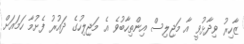
ޒާހިރު ވިދާޅުވީ އާ މަޖިލިސް އިންތިހާބުވެ އެ މަޖިލިހުގެ ދައުރު ފެށުމާ ހަމައަށް